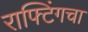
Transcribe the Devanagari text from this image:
राफ्टिंगचा